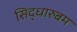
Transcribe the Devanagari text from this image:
सिद्धारुबम